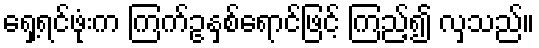
ရှေ့ရင်ဖုံးက ကြက်ဥနှစ်ရောင်ဖြင့် ကြည့်၍ လှသည်။